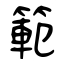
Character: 範